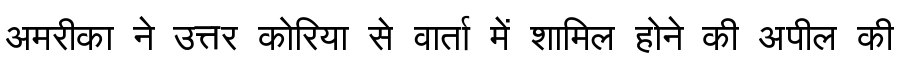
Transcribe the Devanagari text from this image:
अमरीका ने उत्तर कोरिया से वार्ता में शामिल होने की अपील की